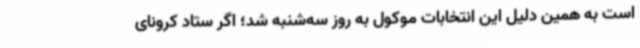
است به همین دلیل این انتخابات موکول به روز سه‌شنبه شد؛ اگر ستاد کرونای